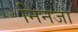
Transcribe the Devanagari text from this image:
निनजा